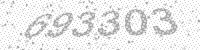
Solution: 693303